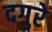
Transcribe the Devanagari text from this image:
दगुरे